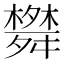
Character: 𦨀